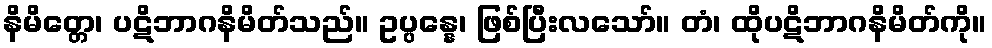
နိမိတ္တေ၊ ပဋိဘာဂနိမိတ်သည်။ ဥပ္ပန္နေ၊ ဖြစ်ပြီးလသော်။ တံ၊ ထိုပဋိဘာဂနိမိတ်ကို။